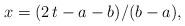
LaTeX: \begin{align*}x = (2\,t - a - b)/(b - a),\end{align*}